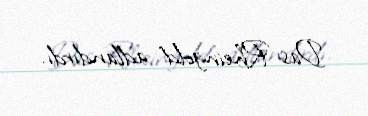
Das Rheingold adlandırdı.